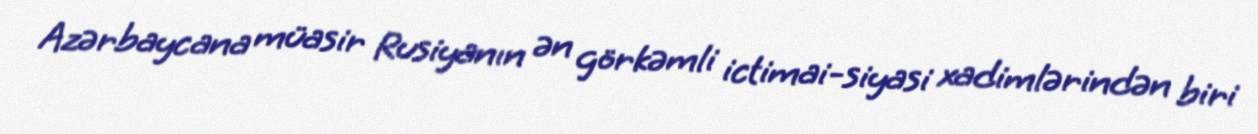
Azərbaycana müasir Rusiyanın ən görkəmli ictimai-siyasi xadimlərindən biri